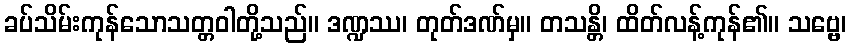
ခပ်သိမ်းကုန်သောသတ္တဝါတို့သည်။ ဒဏ္ဍဿ၊ တုတ်ဒဏ်မှ။ တသန္တိ၊ ထိတ်လန့်ကုန်၏။ သဗ္ဗေ၊